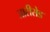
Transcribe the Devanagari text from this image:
जारीरोड